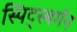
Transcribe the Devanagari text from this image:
स्पिट्स्बर्गन